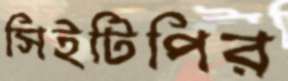
সিইটিপির